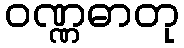
ဝဏ္ဏဓာတု